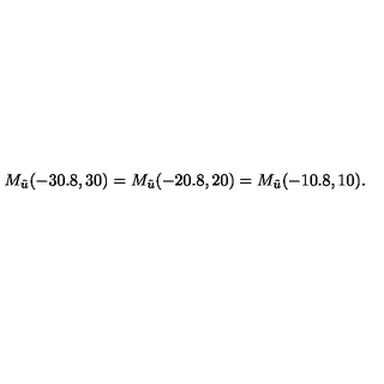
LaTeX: M _ { \tilde { u } } ( - 3 0 . 8 , 3 0 ) = M _ { \tilde { u } } ( - 2 0 . 8 , 2 0 ) = M _ { \tilde { u } } ( - 1 0 . 8 , 1 0 ) .